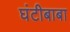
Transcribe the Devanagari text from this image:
घंटीबाबा